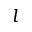
l